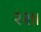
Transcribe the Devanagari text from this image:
२२॥